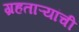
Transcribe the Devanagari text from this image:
ग्रहताऱ्यांची